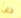
خاب